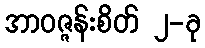
အာဝဇ္ဇန်းစိတ် ၂-ခု